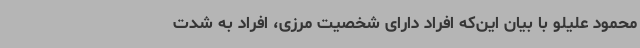
محمود علیلو با بیان این‌که افراد دارای شخصیت مرزی‌، افراد به شدت